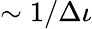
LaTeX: \sim 1/\Delta\iota